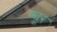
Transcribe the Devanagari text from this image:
फ्यूर